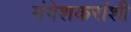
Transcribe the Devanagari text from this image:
मंगेशकरांशी